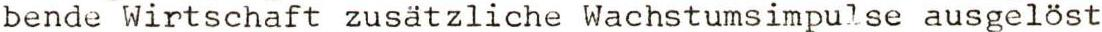
bende Wirtschaft zusätzliche Wachstumsimpulse ausgelöst